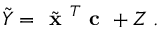
\tilde { Y } = \tilde { \textbf { x } } ^ { T } \textbf { c } + Z \: .